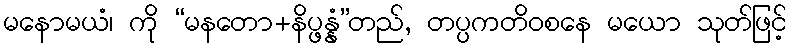
မနောမယံ၊ ကို “မနတော+နိပ္ဖန္နံ”တည်, တပ္ပကတိဝစနေ မယော သုတ်ဖြင့်